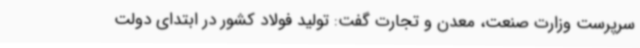
سرپرست وزارت صنعت، معدن و تجارت گفت: تولید فولاد کشور در ابتدای دولت